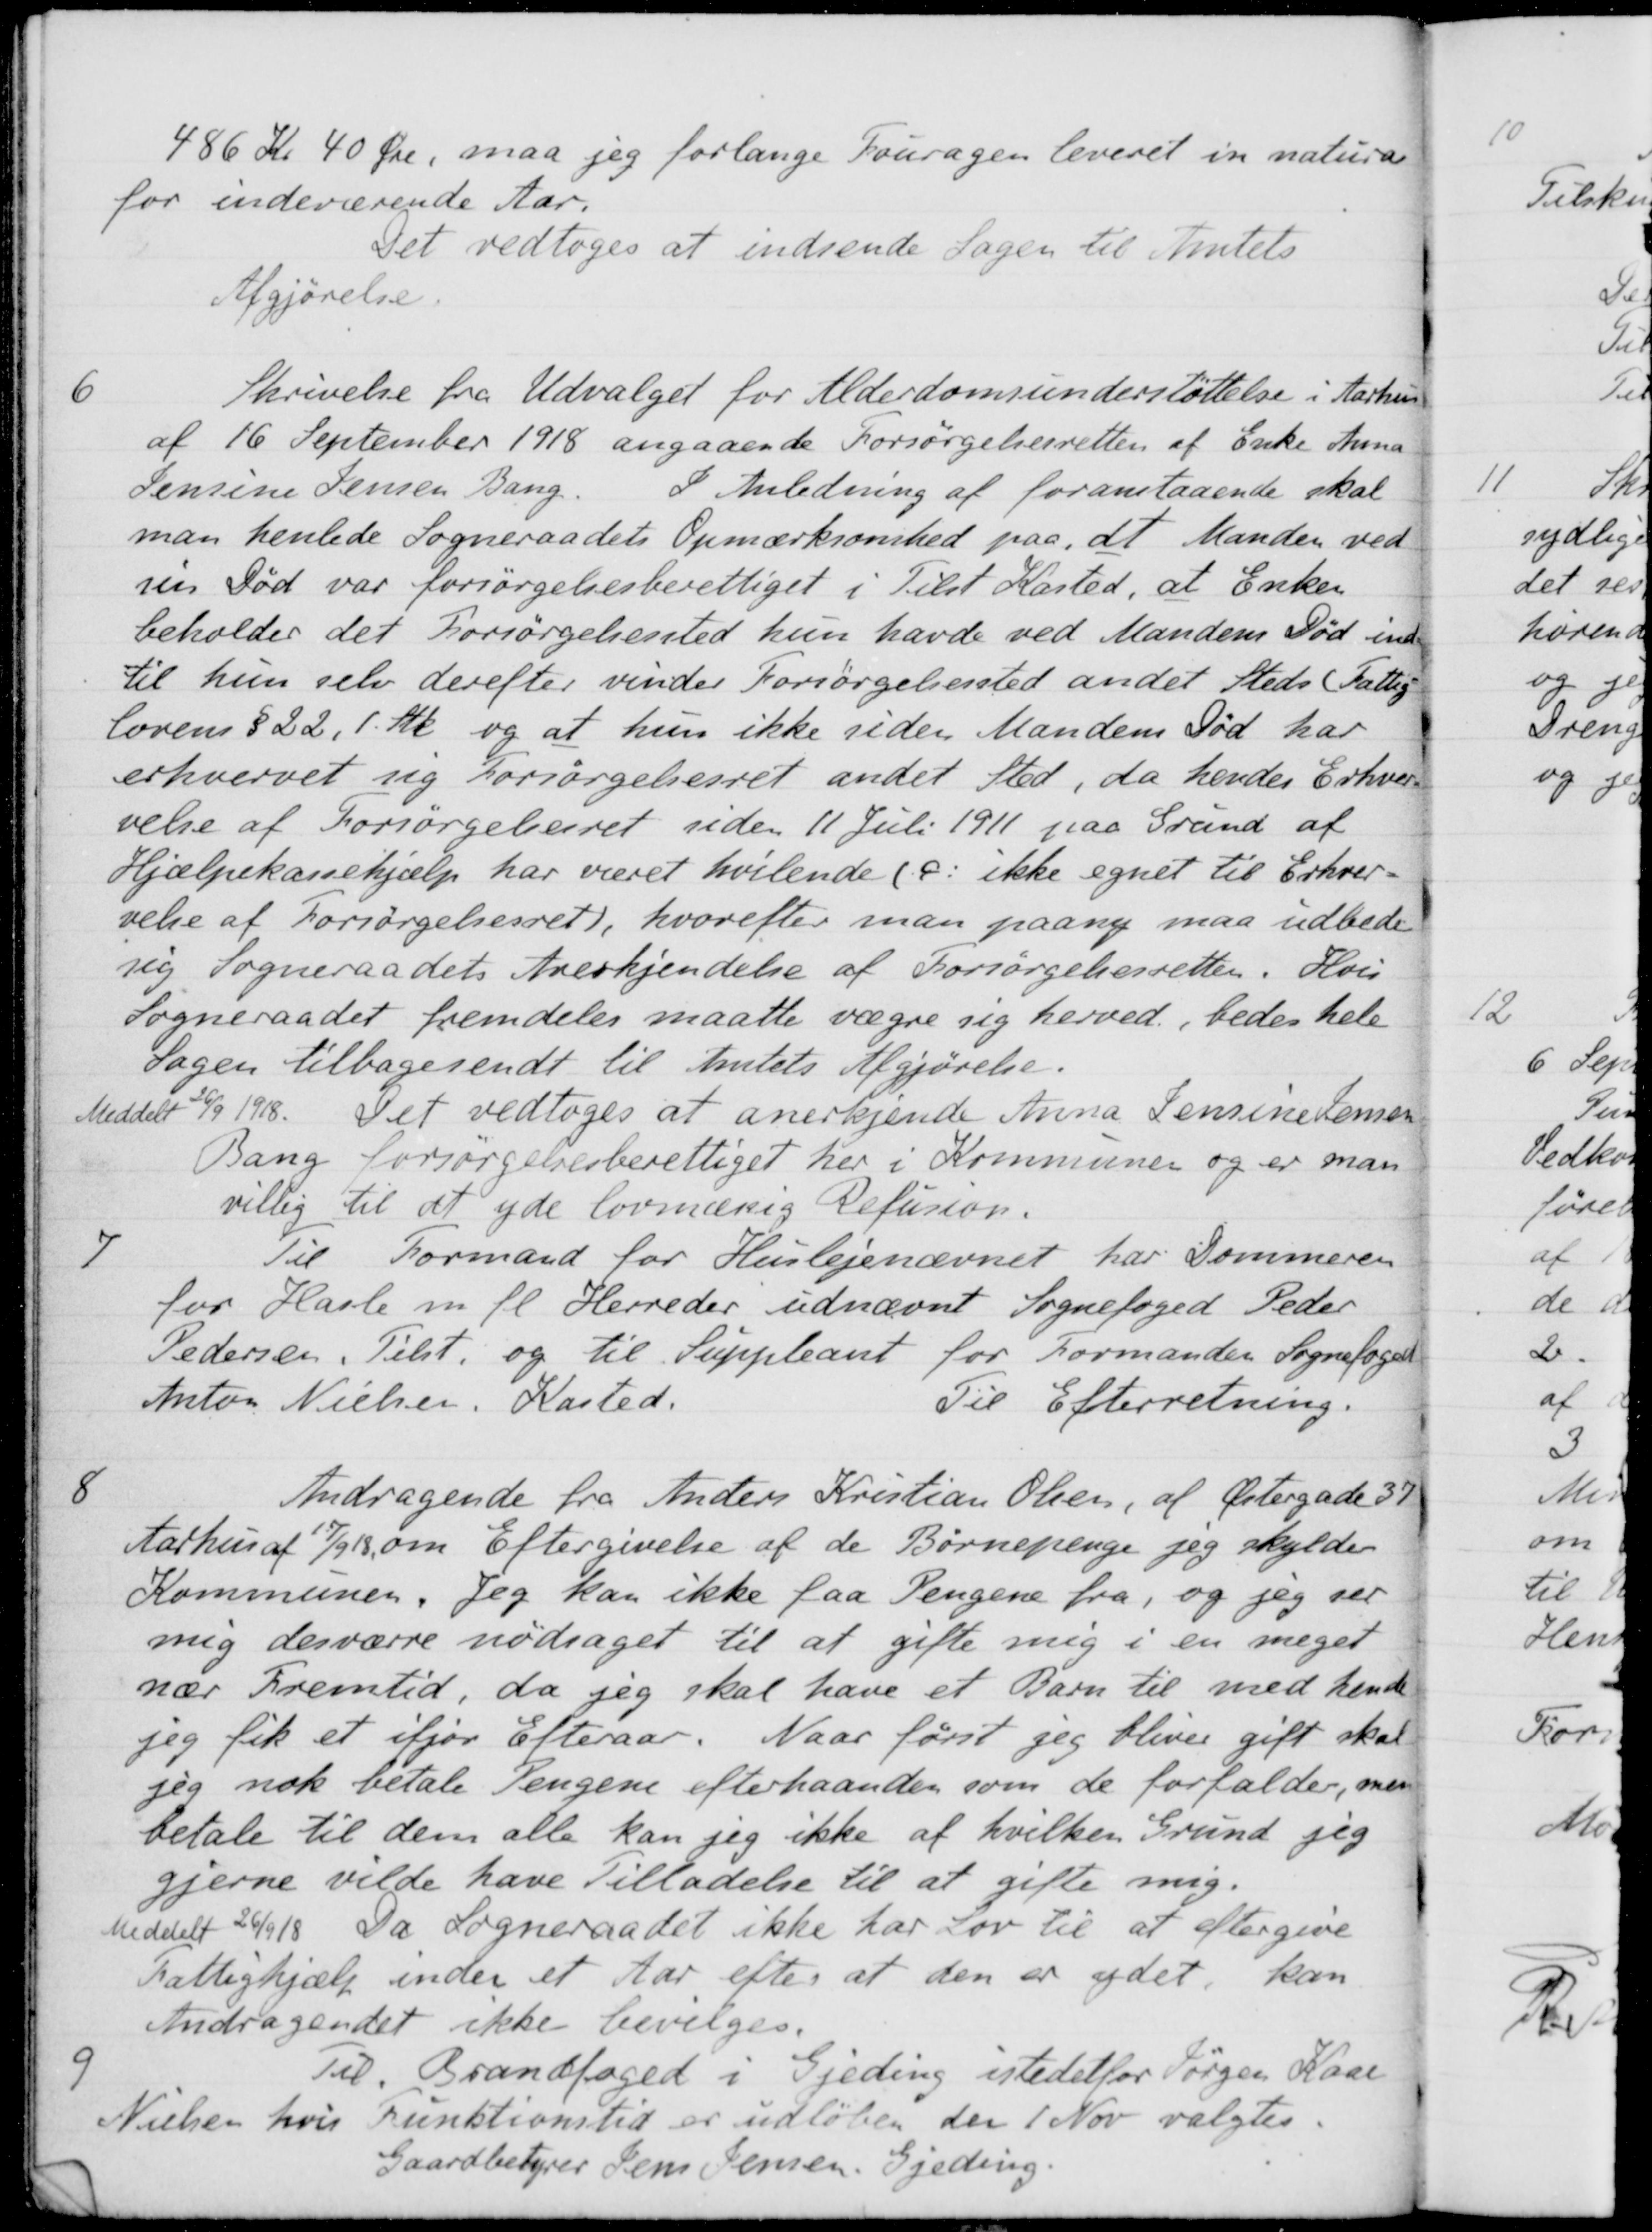
Transskription:
486 Kr 40 Øre, maa jeg forlange Fouragen leveret in natur
for indeværende Aar.
Det vedtoges at indsende Sagen til Amtets
Afgjørelse.
6
Skrivelse fra Udvalget for Alderdomsunderstøttelse i Aarhus
af 16 September 1918 angaaende Forsørgelsesretten af Enke Anna
Jensine Jensen Bang.
I Anledning af foranstaaende skal
man henlede Sogneraadets Opmærksomhed paa, at Manden ved
sen Fød var forsørgelsesberettiget i Tilst Kasted, at Enken
beholder det Forsørgelsessted hun havde ved Mandens Fød ind
til hun selv derefter vinder Forsørgelsessted andet Steds Fattig
lovens § 22, 1 Stk, og at hun ikke siden Mandens Død har
erhvervet sig forsørgelsesret andet Sted, da hendes Erhverv
velse af Forsørgelsesret uiden 11 Juli 1911 paa Grund af
Hjælpekassehjælp har været hvilende (s: ikke egnet til Erhver-
velse af Forsørgelsesret), hvorefter man paany maa udbede
sig Sogneraadets Anerkjendelse af Forsørgelsesretten. Hvis
Sogneraadet fremdeles maatte vægre sig herved, bedes hele
Sagen tilbagesendt til Amtets Afgjørelse.
Meddelt 26/9 1918. Det vedtoges at anerkjende Anna Lensine Jensen
Bang forsørgelsesberettiget her i Kommunen og er man
villig til at yde lovmæssig Refusion.
7
Til Formand for Huslejenævnet har dommeren
for Hasle m. fl. Herreder udnævnt Sognefoged Peder
Pedersen. Tilst. og til Suppleant for Formanden Sognefoged
Anton Nielsen, Kasted.
Til Efterretning.
8
Andragende fra Anders Kristian Olsen, af Østergade 39
Aarhus af 17/9 18 om Eftergivelse af de Børnepenge jeg skylde
Kommunen. Jeg kan ikke faa Pengene fra, og jeg ser
mig desværre nødsaget til at gifte mig i en meget
nær Fremtid, da jeg skal have et Barn til med hende
jeg fik et ifjor Efteraar. Naar først jeg bliver gift skal
sig nok betale Pengene efterhaanden som de forfalder, mer
betale til dem alle kan jeg ikke af hvilken Grund jeg
gjerne vilde have Tilladelse til at gifte mig.
Meddelt 26/9 18. Da Sogneraadet ikke har lov til at eftergive
Fattighjælp unden et Aar efter at den er ydet, kan
Andragendet ikke bevilges.
9
Til Brandfoged i Gjeding istedetfor Jørgen Kaar
Nielsen hvis Funktionstid er udløben den 1 Nov valgte
Gaardbestyrer Jens Jensen. Gjeding.